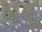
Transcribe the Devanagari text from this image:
भबू